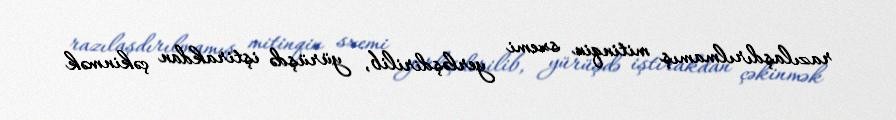
razılaşdırılmamış mitinqin sxemi yerləşdirilib, yürüşdə iştirakdan çəkinmək